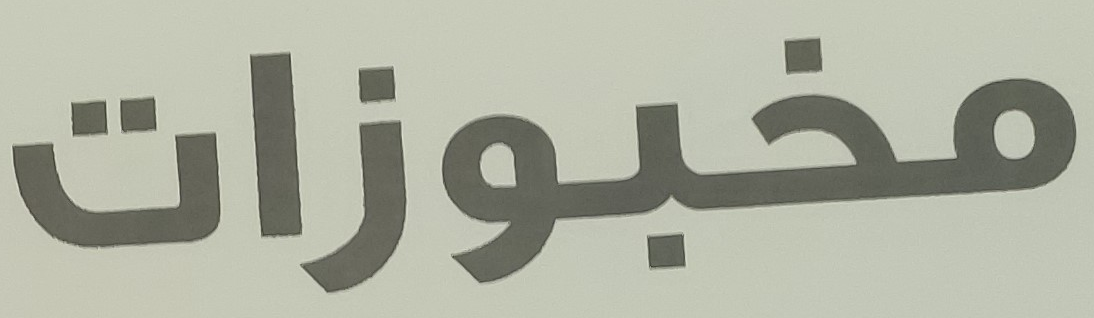
مخبوزات